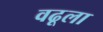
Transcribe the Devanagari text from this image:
वढूला